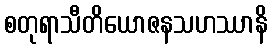
စတုရာသီတိယောဇနသဟဿာနိ